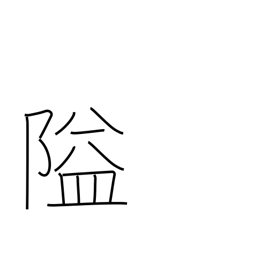
Meaning: obstruct